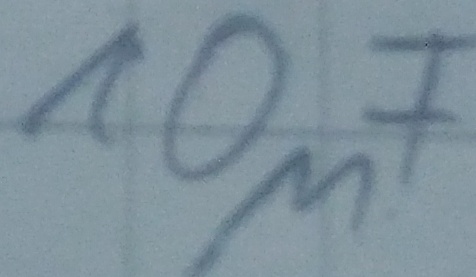
Text: 10µF